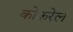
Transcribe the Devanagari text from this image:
कोकरेल